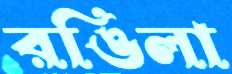
রঙিলা